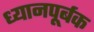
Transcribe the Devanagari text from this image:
ध्यानपूर्बक